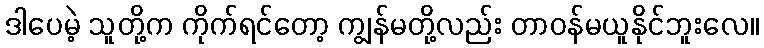
ဒါပေမဲ့ သူတို့က ကိုက်ရင်တော့ ကျွန်မတို့လည်း တာဝန်မယူနိုင်ဘူးလေ။